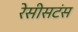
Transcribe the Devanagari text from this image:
रेसीसटंस